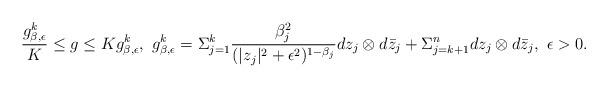
LaTeX: \begin{align*}\frac{g^{k}_{\beta,\epsilon}}{K}\leq g\leq Kg^{k}_{\beta,\epsilon},\ g^{k}_{\beta,\epsilon}=\Sigma_{j=1}^{k}\frac{\beta_{j}^{2}}{(|z_{j}|^2+\epsilon^2)^{1-\beta_{j}}}dz_{j}\otimes d\bar{z}_{j}+\Sigma_{j=k+1}^{n}dz_{j}\otimes d\bar{z}_{j},\ \epsilon>0.\end{align*}